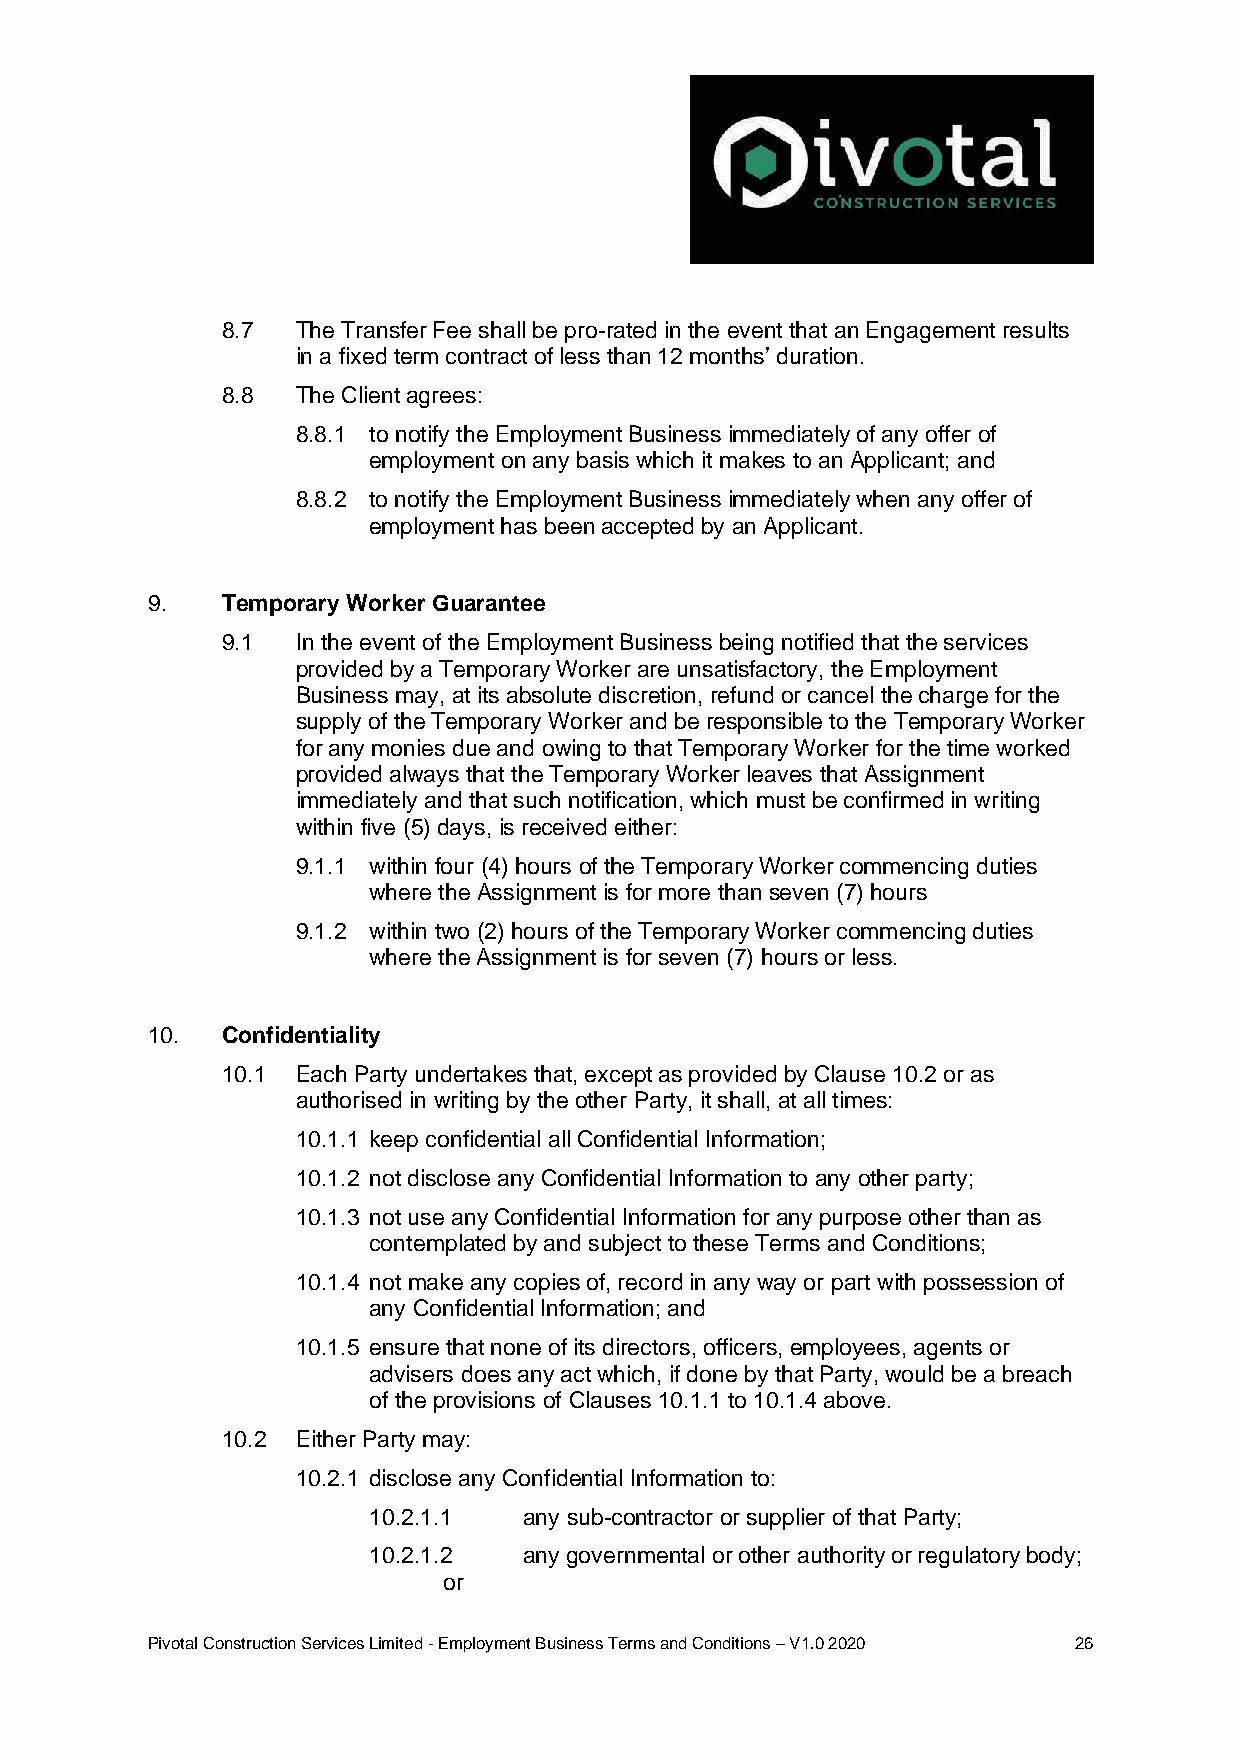
8.7  The Transfer Fee shall be pro-rated in the event that an Engagement results
 in a fixed term contract of less than 12 months’ duration.
 8.8  The Client agrees:
 8.8.1 to notify the Employment Business immediately of any offer of
 employment on any basis which it makes to an Applicant; and
 8.8.2 to notify the Employment Business immediately when any offer of
 employment has been accepted by an Applicant.
 9.   Temporary Worker Guarantee
 9.1  In the event of the Employment Business being notified that the services
 provided by a Temporary Worker are unsatisfactory, the Employment
 Business may, at its absolute discretion, refund or cancel the charge for the
 supply of the Temporary Worker and be responsible to the Temporary Worker
 for any monies due and owing to that Temporary Worker for the time worked
 provided always that the Temporary Worker leaves that Assignment
 immediately and that such notification, which must be confirmed in writing
 within five (5) days, is received either:
 9.1.1 within four (4) hours of the Temporary Worker commencing duties
 where the Assignment is for more than seven (7) hours
 9.1.2 within two (2) hours of the Temporary Worker commencing duties
 where the Assignment is for seven (7) hours or less.
 10.  Confidentiality
 10.1 Each Party undertakes that, except as provided by Clause 10.2 or as
 authorised in writing by the other Party, it shall, at all times:
 10.1.1 keep confidential all Confidential Information;
 10.1.2 not disclose any Confidential Information to any other party;
 10.1.3 not use any Confidential Information for any purpose other than as
 contemplated by and subject to these Terms and Conditions;
 10.1.4 not make any copies of, record in any way or part with possession of
 any Confidential Information; and
 10.1.5 ensure that none of its directors, officers, employees, agents or
 advisers does any act which, if done by that Party, would be a breach
 of the provisions of Clauses 10.1.1 to 10.1.4 above.
 10.2 Either Party may:
 10.2.1 disclose any Confidential Information to:
 10.2.1.1   any sub-contractor or supplier of that Party;
 10.2.1.2   any governmental or other authority or regulatory body;
 or
 Pivotal Construction Services Limited - Employment Business Terms and Conditions – V1.0 2020 26